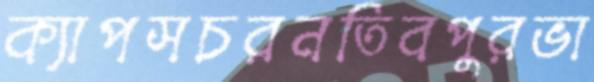
ক্যাপসচরনতিবপুরভা